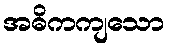
အဓိကကျသော